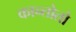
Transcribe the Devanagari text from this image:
कान्तोतो